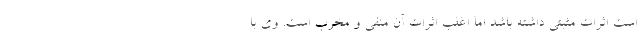
است اثرات مثبتی داشته باشد اما اغلب اثرات آن منفی و مخرب است. وی با